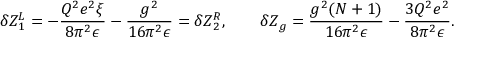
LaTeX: \delta Z _ { 1 } ^ { L } = - \frac { Q ^ { 2 } e ^ { 2 } \xi } { 8 \pi ^ { 2 } \epsilon } - \frac { g ^ { 2 } } { 1 6 \pi ^ { 2 } \epsilon } = \delta Z _ { 2 } ^ { R } , \qquad \delta Z _ { g } = \frac { g ^ { 2 } ( N + 1 ) } { 1 6 \pi ^ { 2 } \epsilon } - \frac { 3 Q ^ { 2 } e ^ { 2 } } { 8 \pi ^ { 2 } \epsilon } .